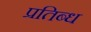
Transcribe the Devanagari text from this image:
प्रतिब्ध